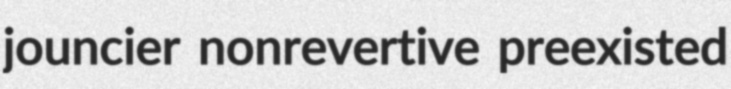
jouncier nonrevertive preexisted